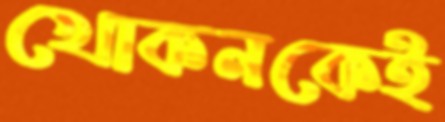
খোকনকেই